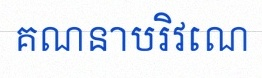
គណនាបរិវេណ